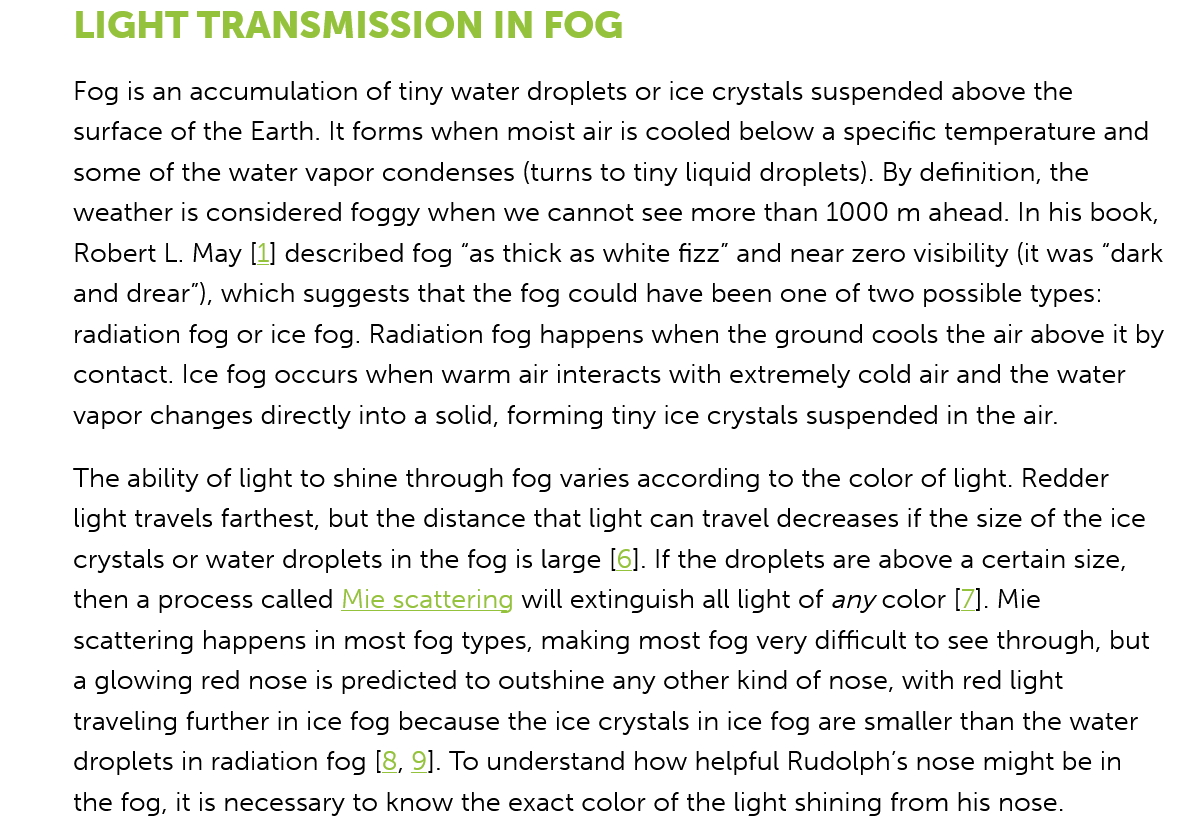
LIGHT    TRANSMISSION    IN    FOG
     The ability of light to shine through fog varies according to the color of light. Redder
     light travels farthest, but the distance that light can travel decreases if the size of the ice
     crystals or water droplets in the fog is large [6]. If the droplets are above a certain size,
     then a process called Mie scattering will extinguish all light of any color [7]. Mie
     scattering happens in most fog types, making most fog very difficult to see through, but
     a glowing red nose is predicted to outshine any other kind of nose, with red light
     traveling further in ice fog because the ice crystals in ice fog are smaller than the water
     droplets in radiation fog [8, 9]. To understand how helpful Rudolph's nose might be in
     the fog, it is necessary to know the exact color of the light shining from his nose.
     Fog is an accumulation of tiny water droplets or ice crystals suspended above the
     surface of the Earth. It forms when moist air is cooled below a specific temperature and
     some  of the water vapor condenses (turns to tiny liquid droplets). By definition, the
     weather is considered foggy when we cannot see more than 1000 m ahead. In his book,
     Robert L. May [1] described fog “as thick as white fizz” and near zero visibility (it was “dark
     and drear’), which suggests that the fog could have been one of two possible types:
     radiation fog or ice fog. Radiation fog happens when the ground cools the air above it by
     contact. Ice fog occurs when warm air interacts with extremely cold air and the water
     vapor changes directly into a solid, forming tiny ice crystals suspended in the air.